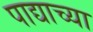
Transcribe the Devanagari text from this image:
पाद्याच्या